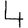
Digit: 4